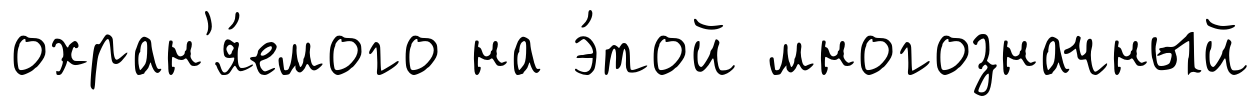
охран'я́емого на э́той многозначный